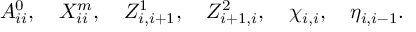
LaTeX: A _ { i i } ^ { 0 } , \quad X _ { i i } ^ { m } , \quad Z _ { i , i + 1 } ^ { 1 } , \quad Z _ { i + 1 , i } ^ { 2 } , \quad \chi _ { i , i } , \quad \eta _ { i , i - 1 } .